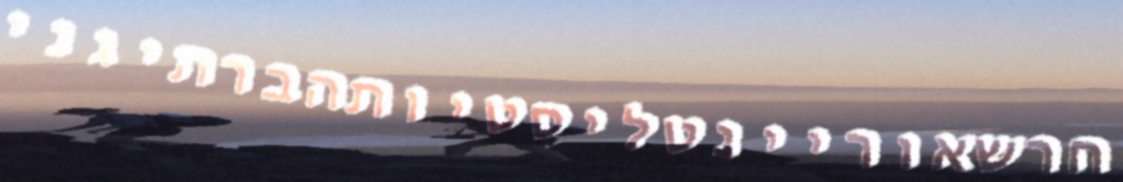
חרשאוריינטליסטיותהברתיגני